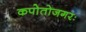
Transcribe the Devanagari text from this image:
कपोतोजगरः